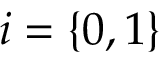
i = \{ 0 , 1 \}